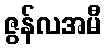
ဇွန်လအမီ